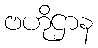
ဗဟိုဌာန